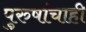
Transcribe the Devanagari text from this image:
पुरुषांचाही